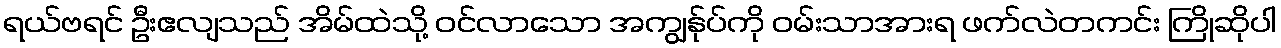
ရယ်ဗရင် ဦးဧလျသည် အိမ်ထဲသို့ ဝင်လာသော အကျွန်ုပ်ကို ဝမ်းသာအားရ ဖက်လဲတကင်း ကြိုဆိုပါ